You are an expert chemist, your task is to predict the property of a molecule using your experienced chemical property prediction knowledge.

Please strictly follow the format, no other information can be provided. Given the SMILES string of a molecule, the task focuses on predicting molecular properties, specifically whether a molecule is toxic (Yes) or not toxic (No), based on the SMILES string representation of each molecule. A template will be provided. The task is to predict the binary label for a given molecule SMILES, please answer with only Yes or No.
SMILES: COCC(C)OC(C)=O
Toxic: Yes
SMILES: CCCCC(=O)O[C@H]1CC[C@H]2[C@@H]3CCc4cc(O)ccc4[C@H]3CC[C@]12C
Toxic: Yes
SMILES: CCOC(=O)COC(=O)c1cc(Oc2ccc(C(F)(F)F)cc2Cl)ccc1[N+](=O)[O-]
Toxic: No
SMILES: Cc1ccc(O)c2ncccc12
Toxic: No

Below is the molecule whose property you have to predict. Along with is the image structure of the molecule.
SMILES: O=[N+]([O-])c1ccccc1CCl
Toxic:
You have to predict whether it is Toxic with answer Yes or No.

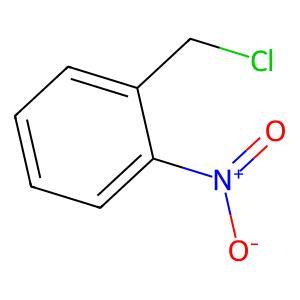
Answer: No